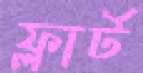
ফ্লার্ট